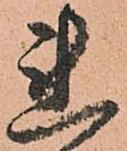
連